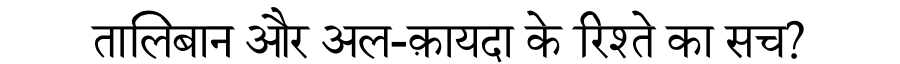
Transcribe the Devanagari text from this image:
तालिबान और अल-क़ायदा के रिश्ते का सच?